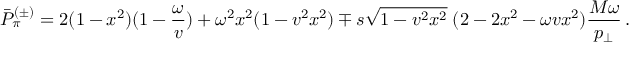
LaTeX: \bar { P } _ { \pi } ^ { ( \pm ) } = 2 ( 1 - x ^ { 2 } ) ( 1 - { \frac { \omega } { v } } ) + \omega ^ { 2 } x ^ { 2 } ( 1 - v ^ { 2 } x ^ { 2 } ) \mp s \sqrt { 1 - v ^ { 2 } x ^ { 2 } } \; ( 2 - 2 x ^ { 2 } - \omega v x ^ { 2 } ) { \frac { M \omega } { p _ { \perp } } } \, .